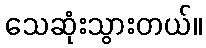
သေဆုံးသွားတယ်။